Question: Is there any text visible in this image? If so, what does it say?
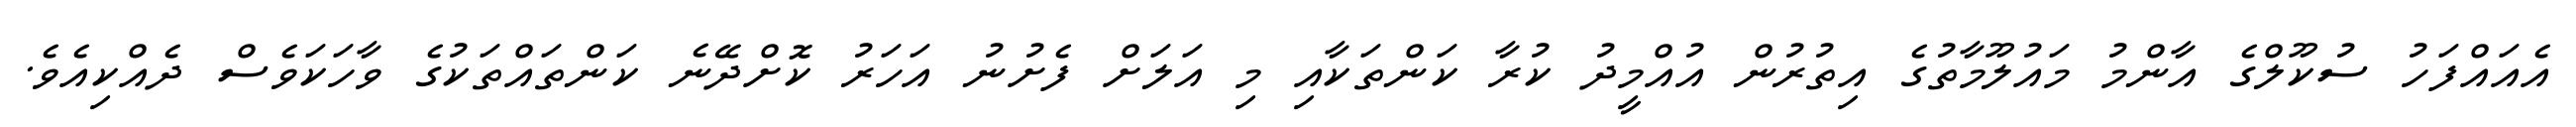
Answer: އެއައްފަހު ސުކޫލްގެ އާންމު މައުލޫމާތުގެ އިތުރުން އުއްމީދު ކުރާ ކަންތަކާއި މި އަލަށް ފެށުނު އަހަރު ކޮށްދޭނެ ކަންތައްތަކުގެ ވާހަކަވެސް ދެއްކިއެވެ.